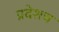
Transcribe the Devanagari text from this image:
प्रदेशच